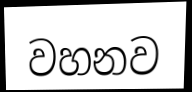
වහනව